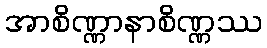
အာစိဏ္ဏာနာစိဏ္ဏဿ